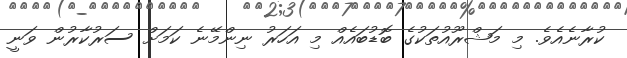
ކުރާނެއެވެ. މި މަޝްރޫއުތަކުގެ ބޮޑުބައެއް މި އަހަރު ނިންމޭނެ ކަމަށް ސަރުކާރުން ވަނީ